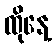
ထိုနေ့